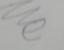
Signature authenticity: forged